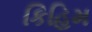
કિહિમ